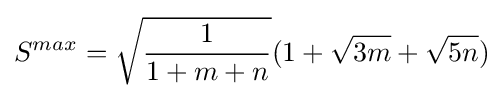
S^{max}={\sqrt {\frac {1}{1+m+n}}}(1+{\sqrt {3m}}+{\sqrt {5n}})